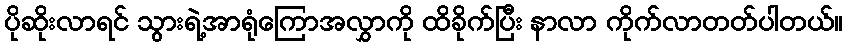
ပိုဆိုးလာရင် သွားရဲ့အာရုံကြောအလွှာကို ထိခိုက်ပြီး နာလာ ကိုက်လာတတ်ပါတယ်။